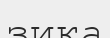
зика